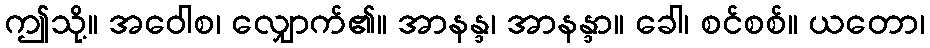
ဤသို့။ အဝေါစ၊ လျှောက်၏။ အာနန္ဒ၊ အာနန္ဒာ။ ခေါ၊ စင်စစ်။ ယတော၊